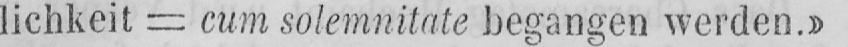
lichkeit - cum solemnitate begangen werden.»